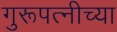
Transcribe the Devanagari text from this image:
गुरूपत्नीच्या